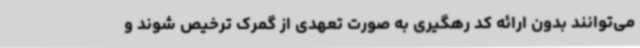
می‌توانند بدون ارائه کد رهگیری به صورت تعهدی از گمرک ترخیص شوند و